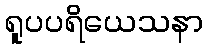
ရူပပရိယေသနာ